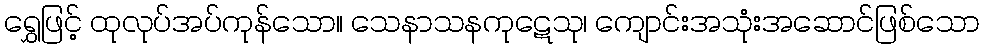
ရွှေဖြင့် ထုလုပ်အပ်ကုန်သော။ သေနာသနကုဋေသု၊ ကျောင်းအသုံးအဆောင်ဖြစ်သော